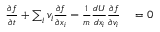
\begin{array} { r l } { \frac { \partial f } { \partial t } + \sum _ { i } v _ { i } \frac { \partial f } { \partial x _ { i } } - \frac { 1 } { m } \frac { d U } { d x _ { i } } \frac { \partial f } { \partial v _ { i } } } & { { } = 0 } \end{array}